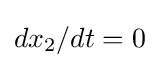
dx_{2}/dt=0